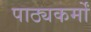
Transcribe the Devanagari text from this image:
पाठ्यकर्मों